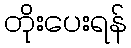
တိုးပေးရန်